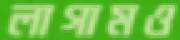
লাগামও